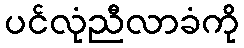
ပင်လုံညီလာခံကို